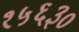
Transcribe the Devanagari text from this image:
१५६३०